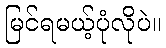
မြင်ရမယ့်ပုံလိုပဲ။